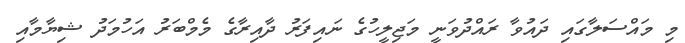
މި މައްސަލާގައި ދައުވާ ރައްދުވަނީ މަޖިލީހުގެ ނައިފަރު ދާއިރާގެ މެމްބަރު އަހުމަދު ޝިޔާމާއި